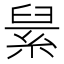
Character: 𦀥